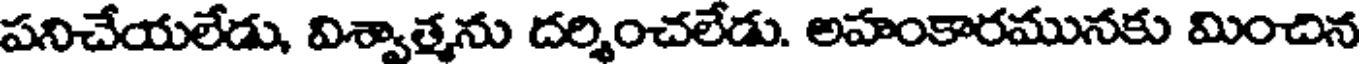
పనిచేయలేడు, విశ్వాత్మను దర్శించలేడు. అహంకారమునకు మించిన